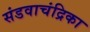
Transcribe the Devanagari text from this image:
संडवाचंद्रिका